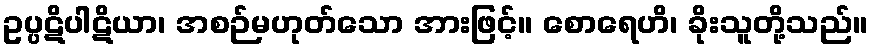
ဥပ္ပဋိပါဋိယာ၊ အစဉ်မဟုတ်သော အားဖြင့်။ စောရေဟိ၊ ခိုးသူတို့သည်။